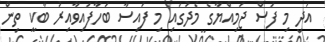
އަދި މި ފަސް ޖަމިއްޔާގެ މެދުގައި މި ފައިސާ ބަހާފައިވާއިރު ބާކީ ތިން